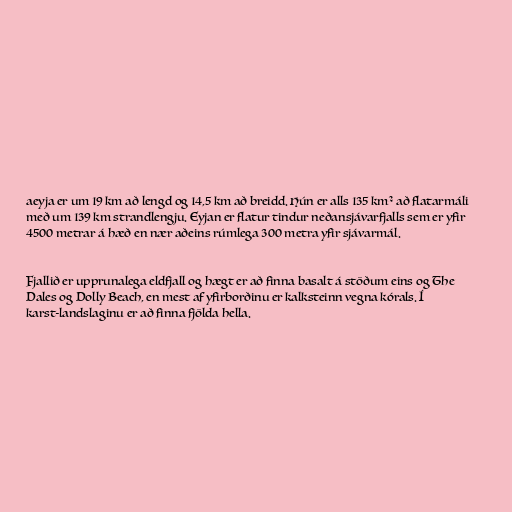
aeyja er um 19 km að lengd og 14,5 km að breidd. Hún er alls 135 km² að flatarmáli
með um 139 km strandlengju. Eyjan er flatur tindur neðansjávarfjalls sem er yfir
4500 metrar á hæð en nær aðeins rúmlega 300 metra yfir sjávarmál.

Fjallið er upprunalega eldfjall og hægt er að finna basalt á stöðum eins og The
Dales og Dolly Beach, en mest af yfirborðinu er kalksteinn vegna kórals. Í
karst-landslaginu er að finna fjölda hella.